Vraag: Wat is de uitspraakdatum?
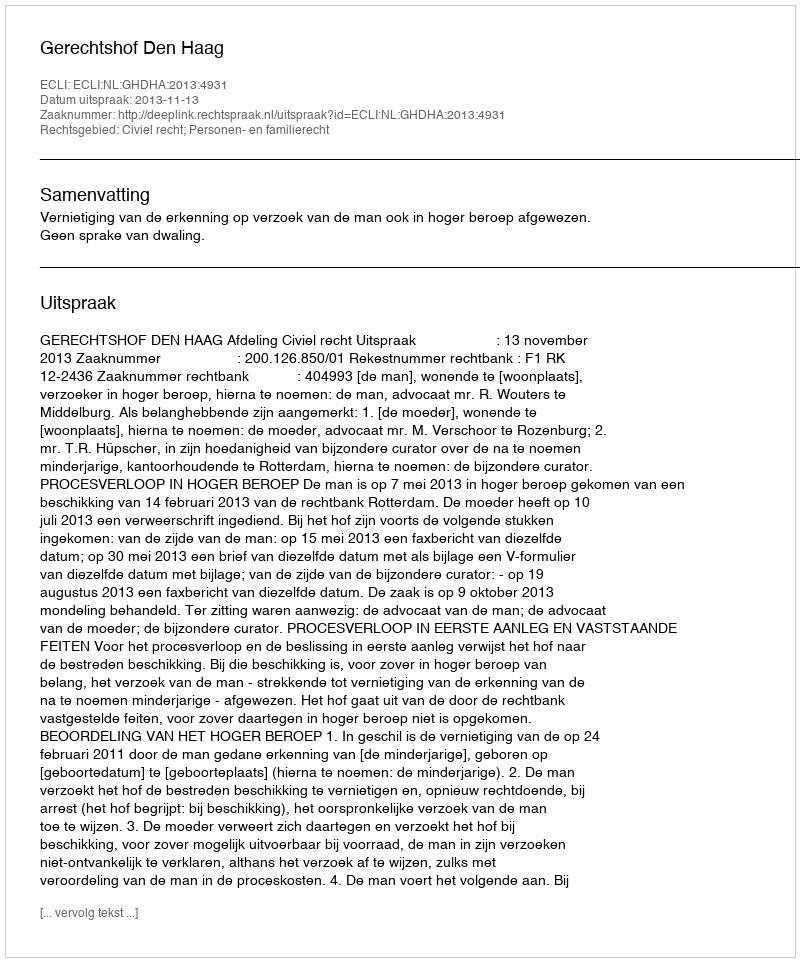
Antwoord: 2013-11-13